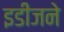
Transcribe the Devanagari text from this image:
इडीजने